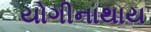
યોગીનાથાય